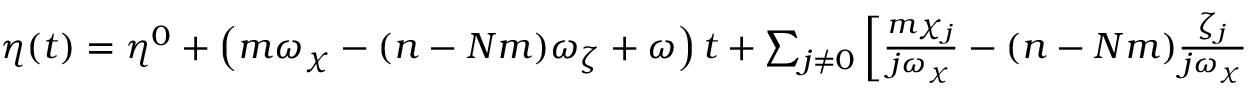
\begin{array} { r } { \eta ( t ) = \eta ^ { 0 } + \left( m \omega _ { \chi } - ( n - N m ) \omega _ { \zeta } + \omega \right) t + \sum _ { j \ne 0 } \left[ \frac { m \chi _ { j } } { j \omega _ { \chi } } - ( n - N m ) \frac { \zeta _ { j } } { j \omega _ { \chi } } \right] \sin ( j \left[ \chi ^ { 0 } + \omega _ { \chi } t \right] ) , } \end{array}